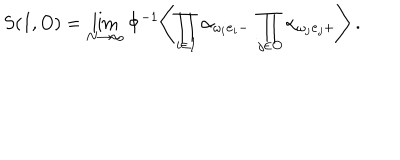
LaTeX: S ( I , O ) = \lim _ { N \to \infty } \Phi ^ { - 1 } \Biggl \langle \prod _ { i \in I } \alpha _ { { \omega _ { i } { \bf e } _ { i } } - } \ \prod _ { j \in O } \alpha _ { { \omega _ { j } { \bf e } _ { j } } + } \Biggr \rangle \ .